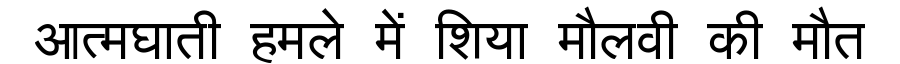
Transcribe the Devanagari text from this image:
आत्मघाती हमले में शिया मौलवी की मौत